Vaccination North-Western Provinces and Oudh 1896-1901 - 1896-1901
Year: 1896
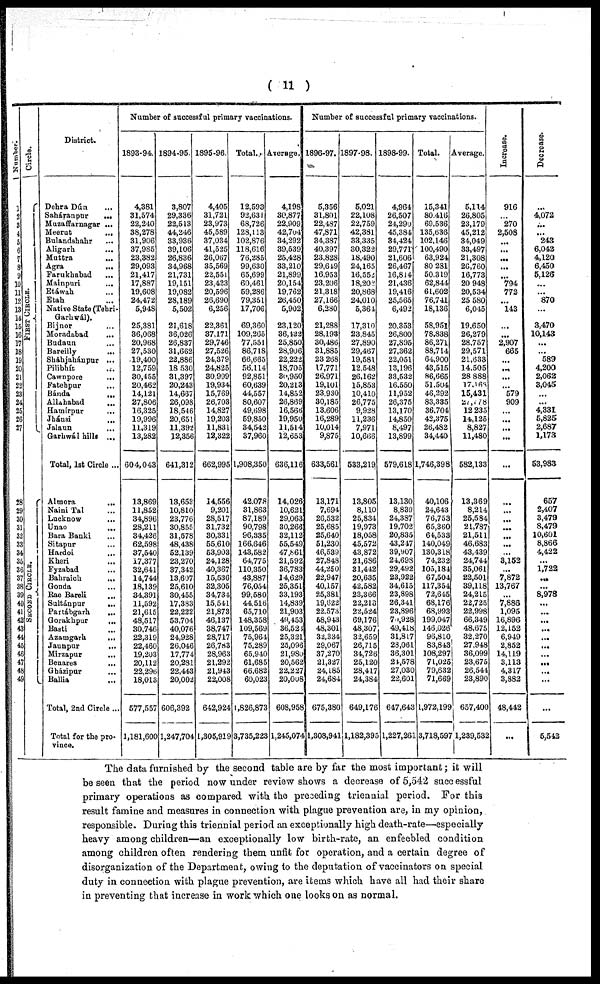
( 11 )
Number.
1
2
3
4
5
6
7
8
9
10
11
12
13
14
15
16
17
18
19
20
21
22
23
24
25
26
27
28
29
30
31
32
33
34
35
36
37
38
39
40
41
42
43
44
45
46
47
48
49
Circle.
FIRST CIRCLE.
SECOND CIRCLE.
District.
Dehra Dún ...
Saháranpur
...
Muzaffarnagar ...
Meerut
...
Bulandshahr ...
Aligarh ...
Muttra
...
Agra ...
Farukhabad ...
Mainpuri ...
Etáwah ...
Etah ...
Native State (Tehri-
Garhval).
Bijnor ...
Moradabad ...
Budaun ...
Bareilly ...
Sháhjahánpur ...
Pilibhít
...
Cawnpore
...
Fatehpur ...
Bánda
...
Allahabad
...
Hamírpur
...
Jhánsi ...
Jalaun ...
Garhwál hills ...
Total, 1st Circle ...
Almora
...
Naini Tal ...
Lucknow ...
Unao ...
Bara Banki ...
Sitapur ...
Hardoi ...
Kheri
...
Fyzabad
...
Bahraich
...
Gonda ...
Rae Bareli ...
Sultánpur
...
Partábgarh
...
Gorakhpur
...
Basti ...
Azamgarh
...
Jaunpur ...
Mirzapur
...
Benares ...
Gházipur ...
Ballia ...
Total, 2nd Circle ...
Total for the pro-
vince.
Number of successful primary vaccinations.
1893-94.
4,381
31,574
22,240
38,278
31,906
37,985
23,382
29,093
21,417
17,887
19,608
24,472
5,948
25,381
36,068
20,968
27,530
19,400
12,759
30,455
20,462
14,121
27,806
16,325
19,996
11,319
13,282
604,043
13,869
11,852
34,896
28,211
34,426
62,598
37,540
17,377
32,641
14,744
18,139
34,391
11,592
21,615
48,517
30,746
22,319
22,460
19,203
20,112
22,296
18,013
577,557
1,181,600
1894-95.
3,807
29,336
22,513
44,246
33,936
39,106
26,836
34,968
21,731
19,151
19,082
28,189
5,502
21,618
36,026
26,837
31,662
22,886
18,530
31,397
20,243
14,667
26,098
18,546
20,651
11,392
12,356
641,312
13,653
10,810
23,776
30,855
31,578
48,438
52,139
23,270
37,342
13,607
25,610
30,455
17,383
22,222
53,704
40,076
24,928
26,046
17,774
20,281
22,443
20,002
606,392
1,247,704
1895-96.
4,405
31,721
23,973
45,589
37,034
41,525
26,067
35,569
22,551
23,423
20,596
26,690
6,256
22,361
37,171
29,746
27,526
24,379
24,825
30,999
19,934
15,769
26,703
14,827
19,203
11,831
12,322
662,995
14,556
9,201
28,517
31,732
30,331
55,610
53,903
24,128
40,367
15,536
32,305
34,734
15,541
21,873
46,137
38,747
28,717
26,783
28,963
21,292
21,943
22,008
642,924
1,305,919
Total.
12,593
92,631
68,726
128,113
102,876
118,616
76,285
99,630
65,699
60,461
59,286
79,351
17,706
69,360
109,265
77,551
86,718
66,665
56,114
92,851
60,639
44,557
80,607
49,698
59,850
34,542
37,960
1,908,350
42,078
31,863
87,189
90,798
96,335
166,646
143,582
64,775
110,350
43,887
76,054
99,580
44,516
65,710
148,358
109,569
75,964
75,289
65,940
61,685
66,682
60,023
1,826,873
3,735,223
Average.
4,198
30,877
22,909
42,704
34,292
39,539
25,428
33,210
21,899
20,154
19,762
26,450
5,902
23,120
36,422
25,850
28,906
22,222
18,705
30,950
20,213
14,852
26,869
16,566
19,950
11,514
12,653
636,116
14,026
10,621
29,063
30,266
32,112
55,549
47,861
21,592
36,783
14,629
25,351
33,193
14,839
21,903
49,453
36,523
25,321
25,096
21,980
20,562
22,227
20,008
608,958
1,245,074
Number of successful primary vaccinations.
1896-97.
5,356
31,801
22,487
47,871
34,387
40,397
23,828
29,649
16,953
23,206
21,318
27,166
6,280
21,288
28,193
30,486
31,885
23 268
17,771
26,971
19,101
23,930
30,185
13,606
16,289
10,014
9,875
633,561
13,171
7,694
26,532
25,685
25,640
51,230
46,539
27,848
44,250
22,947
40,157
25,381
19,622
22,573
68,943
48,301
32,334
29,067
37,270
21,327
24,185
24,684
675,380
1,308,941
1897-98.
5,021
22,108
22,759
42,381
33,335
30,322
18,490
24,165
16,552
18,202
20,868
24,010
5,364
17,310
23,845
27,890
29,467
19,581
12,548
26,162
15,853
10,410
26,775
9,928
11,236
7,971
10,666
533,219
13,805
8,110
25,834
19,973
18,058
45,572
43,872
21,686
31,442
20,635
42,582
23,366
22,213
22,524
69,176
48,307
32,659
26,715
34,726
25,120
28,417
24,384
649,176
1,182,395
1898-99.
4,964
26,507
24,290
45,384
34,424
29,771
21,606
26,467
16,814
21,436
19,416
25,565
6,492
20,353
26,800
27,895
27,362
22,051
13,196
33,532
16,550
11,952
26,375
13,170
14,850
8,497
13,899
579,618
13,130
8,839
24,387
19,702
20,835
43,247
39,907
24,698
29,492
23,922
34,615
23,898
26,341
23,896
70,928
49,418
31,817
28,061
36,301
21,578
27,030
22,601
647,643
1,227,261
Total.
15,341
80,416
69,536
135,636
102,146
100,490
63,924
80,281
50,319
62,844
61,602
76,741
18,136
58,951
78,838
86,271
88,714
64,900
43,515
86,665
51,504
46,292
83,335
36,704
42,375
26,482
34,440
1,746,398
40,106
24,643
76,753
65,360
64,533
140,049
130,318
74,232
105,184
67,504
117,354
72,645
68,176
68,993
199,047
146,026
96,810
83,843
108,297
71,025
79,632
71,669
1,972,199
3,718,597
Average.
5,114
26,805
23,179
45,212
34,049
33,497
21,308
26,760
16,773
20,948
20,534
25,580
6,045
19,650
26,279
28,757
29,571
21,633
14,505
28,888
17,168
15,431
27,778
12,235
14,125
8,827
11,480
582,133
13,369
8,214
25,584
21,787
21,511
46,683
43,439
24,744
35,061
22,501
39,118
24,215
22,725
22,998
66,349
48,675
32,270
27,948
36,099
23,675
26,544
23,890
657,400
1,239,532
Increase.
916
...
270
2,508
...
...
...
...
...
794
772
...
143
...
...
2,907
665
...
...
...
...
579
909
...
...
...
...
...
...
...
...
...
...
...
...
3,152
...
7,872
13,767
...
7,886
1,095
16,896
12,152
6,949
2,852
14,119
3,113
4,317
3,882
48,442
...
Decrease.
...
4,072
...
...
243
6,042
4,120
6,450
5,126
...
...
870
...
3,470
10,143
...
...
589
4,200
2,062
3,045
...
...
4,331
5,825
2,687
1,173
53,983
657
2,407
3,479
8,479
10,601
8,866
4,422
...
1,722
...
...
8,978
...
...
...
...
...
...
...
...
...
...
...
5,542
The data furnished by the second table are by far the most important; it will
be seen that the period now under review shows a decrease of 5,542 successful
primary operations as compared with the preceding triennial period. For this
result famine and measures in connection with plague prevention are, in my opinion,
responsible. During this triennial period an exceptionally high death-rate—especially
heavy among children—an exceptionally low birth-rate, an enfeebled condition
among children often rendering them unfit for operation, and a certain degree of
disorganization of the Department, owing to the deputation of vaccinators on special
duty in connection with plague prevention, are items which have all had their share
in preventing that increase in work which one looks on as normal.